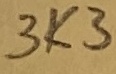
Text: 3K3